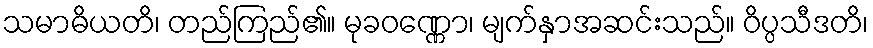
သမာဓိယတိ၊ တည်ကြည်၏။ မုခဝဏ္ဏော၊ မျက်နှာအဆင်းသည်။ ဝိပ္ပသီဒတိ၊